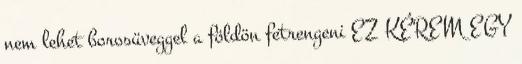
nem lehet borosüveggel a földön fetrengeni EZ KÉREM EGY